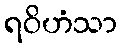
ရဝိဟံသာ